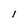
Character: 1